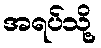
အရပ်သို့